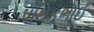
પથિકભાઈ